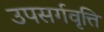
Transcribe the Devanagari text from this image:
उपसर्गवृत्ति